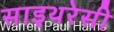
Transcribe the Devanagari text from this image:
साइथरेसी